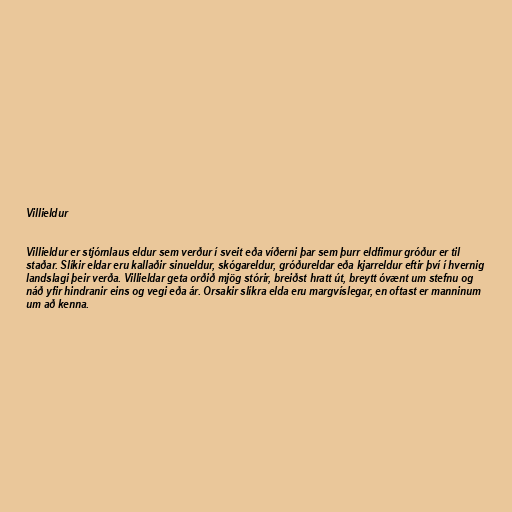
Villieldur

Villieldur er stjórnlaus eldur sem verður í sveit eða víðerni þar sem þurr eldfimur gróður er til
staðar. Slíkir eldar eru kallaðir sinueldur, skógareldur, gróðureldar eða kjarreldur eftir því í hvernig
landslagi þeir verða. Villieldar geta orðið mjög stórir, breiðst hratt út, breytt óvænt um stefnu og
náð yfir hindranir eins og vegi eða ár. Orsakir slíkra elda eru margvíslegar, en oftast er manninum
um að kenna.